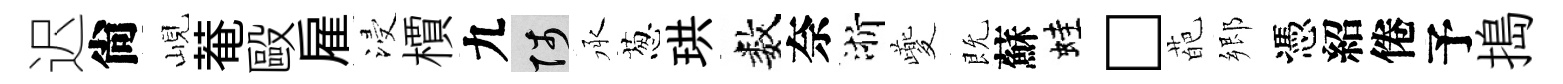
迟尙峴菴毆雇浸檟九陟承葱珙数奈浙夔既蘇蛙□葩郷憑紹倦予搗